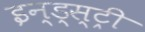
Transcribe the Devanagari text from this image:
इन्ड्स्ट्री